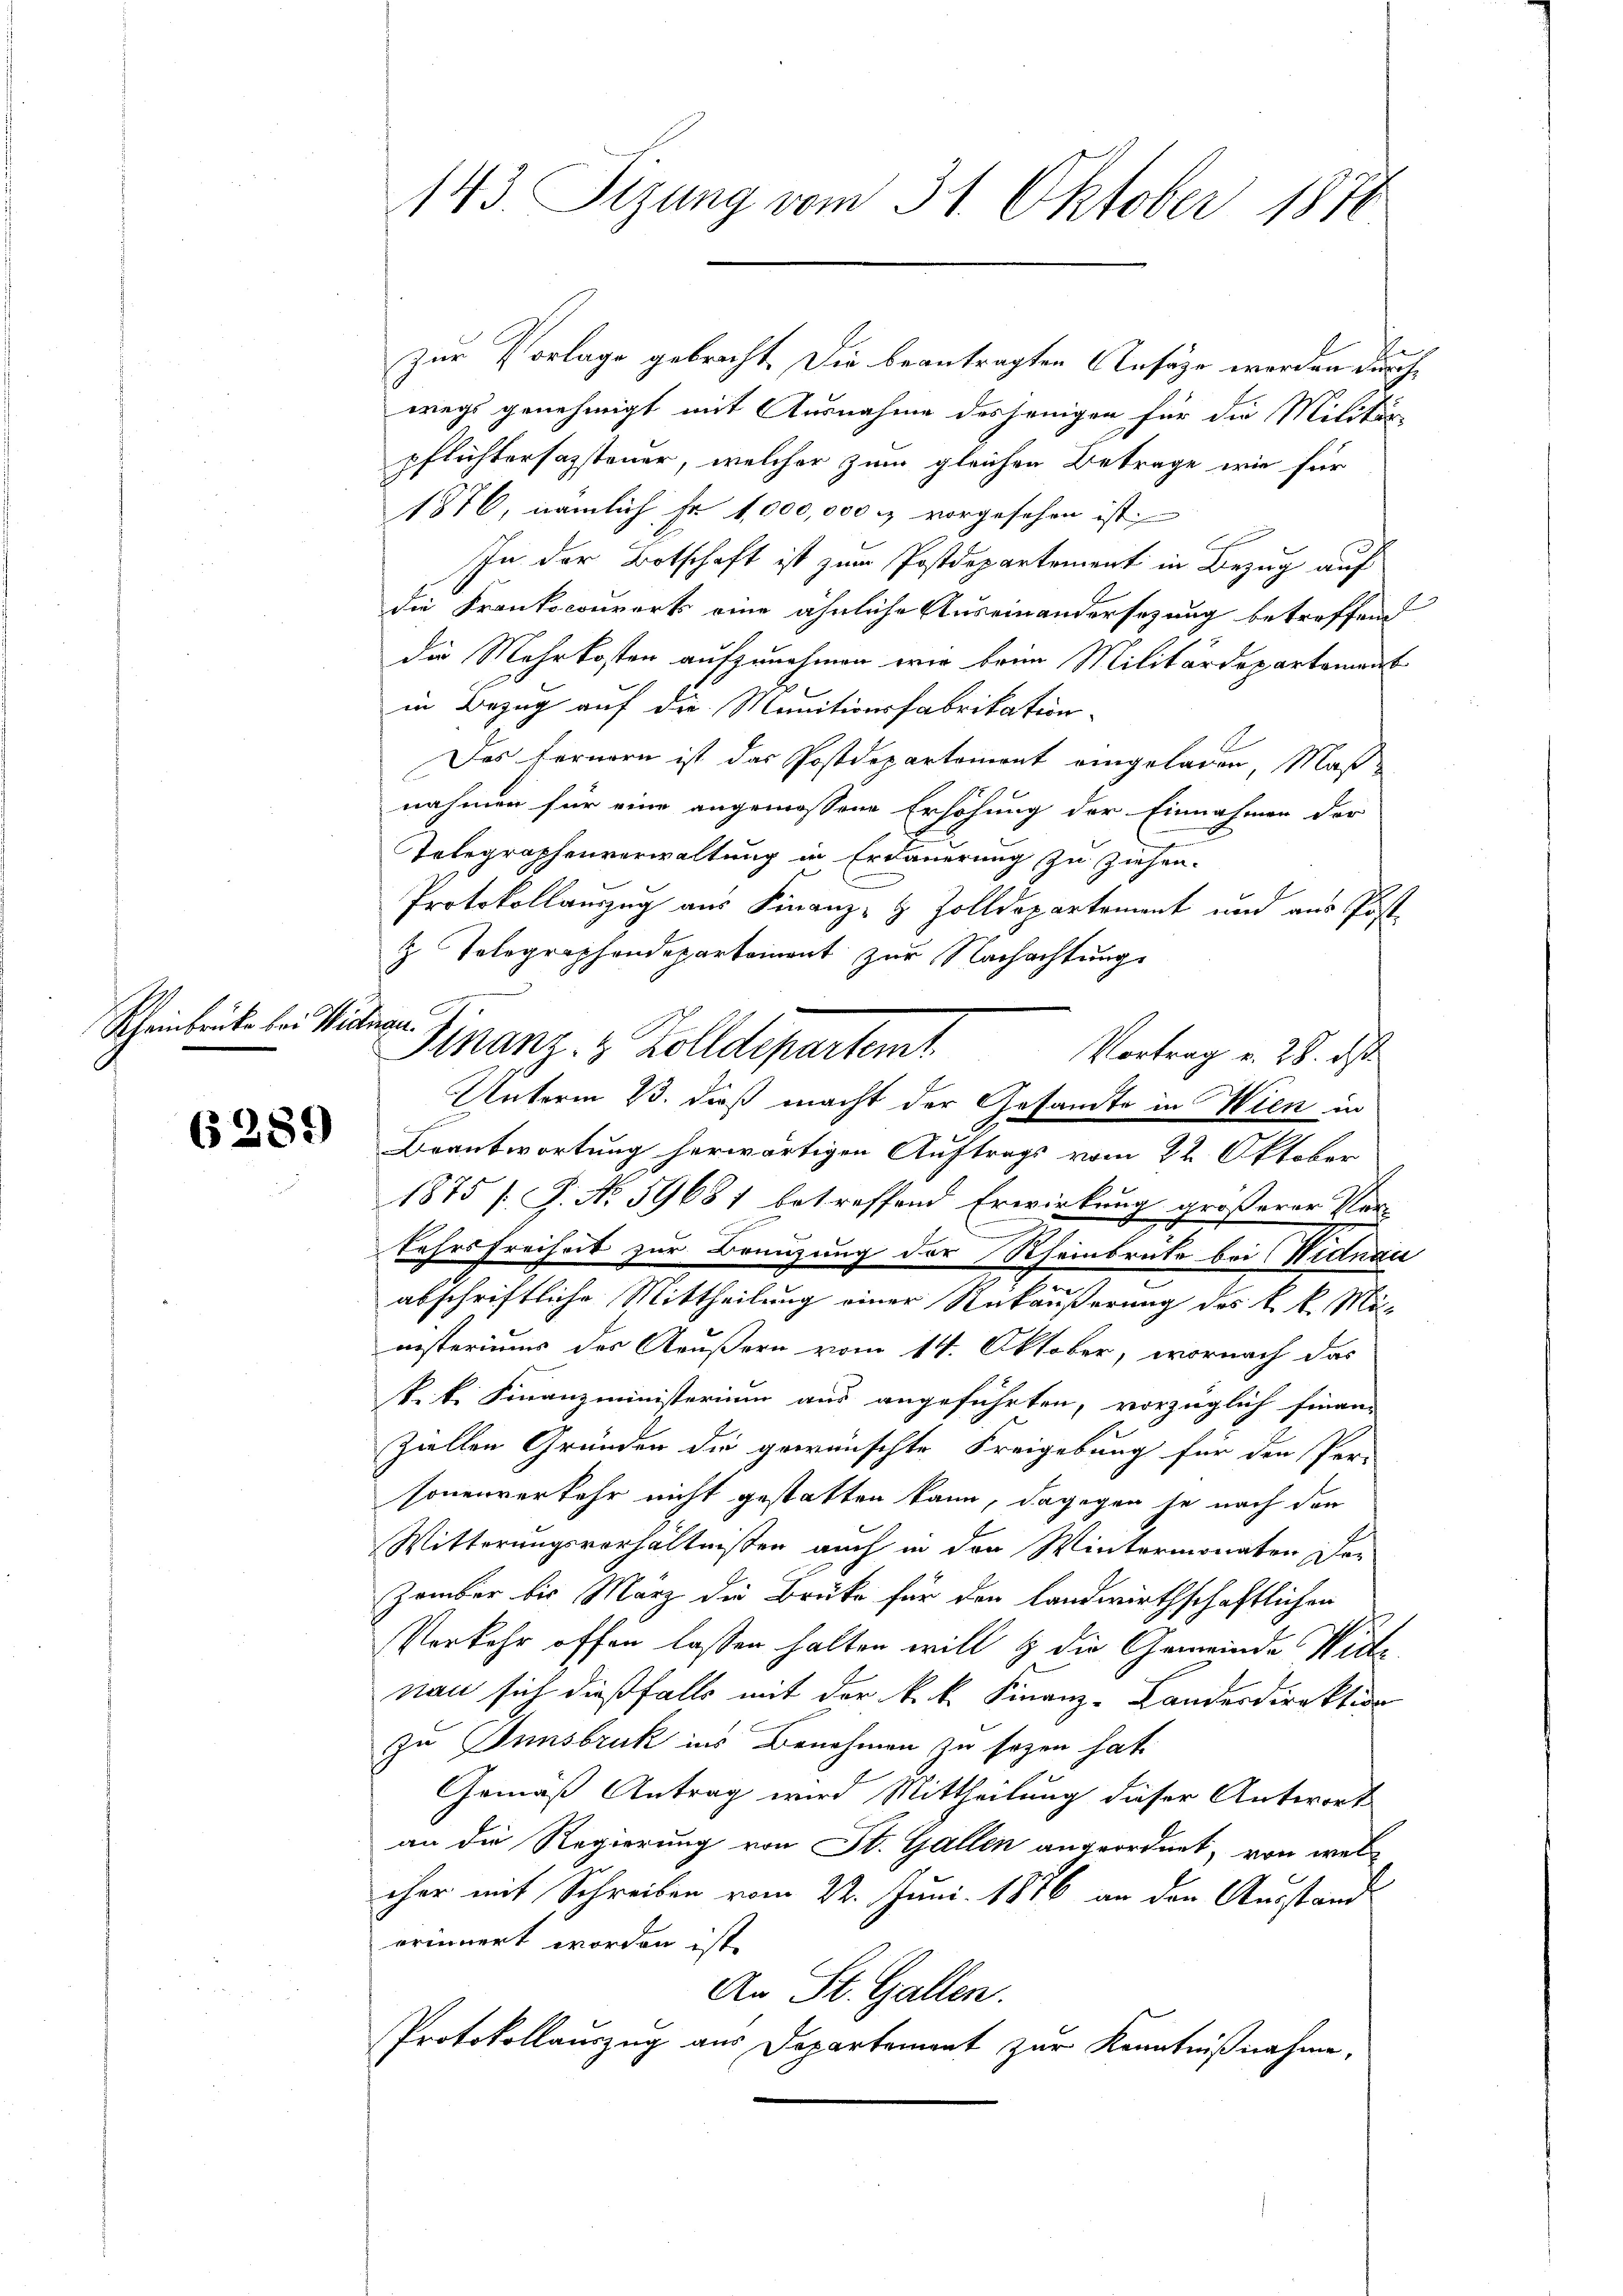
Rheinbrücke bei Wienen.

6289

i
zur Vorlage gebracht. Die beantragten Ansäge werden durchwegs genehmigt mit Ausnahme desjenigen für die Militär-
pflichtersagstener, welcher zum gleichen Betrage wie für
1876, nämlich fr 1,000,000 M vorgesehen ist,
In der Botschaft ist zum Postdepartement in Bezug auf
die Krankscowrorts eine ähnliche Auseinandersezung betreffend
die Mehrkosten aufzunehmen wir beim Militärdepartement
in Bezug auf die Manitionsfabrikation
Das Fernern ist das Postdepartement eingeladen Maßnahmen für eine angemessene Erhöhung der Einnahmen der
Telegraphenverwaltung in Erdauerung zu ziehen.
Protokollauszug aus Finanz- & Zolldepartement und aus Post-
z Telegraphendepartemont zur Nachachtung
Beantwortung herwärtigen Auftrags vom 22. Oktober
1875 /. P. Nr. 59681 betreffend Erwirkung größerer Per-
kehrsfreiheit zur Brenzung der Rheinbrate bei Nidnau
abschriftliche Mittheilung einer Rükäußerung des k. k. Ministeriums des Aeußern vom 14. Oktober, wornach das
pik. Finanzministerium aus angeführten, vorzüglich finanz
ziellen Gründen die gewünschte Freigebung für den Per-
sonenverkehr nicht gestatten kann, dagegen je nach den
Witterungsverhältnissen auch in den Wintermonaten Dor
zember bis März die Brüke für den Landwirthschaftlichen
Verkehr offen lassen halten will & die Gemeinde Witte
nau sich dießfalls mit der k. k. Finanz-Landesdirektion
zu Innsbruk ins Benehmen zu sezen hat.
Gemäß Antrag wird Mittheilung dieser Antwort
an die Regierung von St. Gallen angeordnet, von welcher mit Schreiben vom 22. Juni 1876 an den Ausstand
erinnert worden ist.
An St. Gallen.
Protokollauszug aus Departement zur Kenntnißnahme,

143. Sizung vom 31. Oktober 1870

Finanz- & Zolldepartemt
Vortrag v. 28. ds.
Unterm 23. dieß macht der Gesandte in Wien in